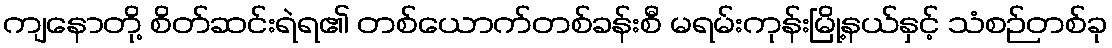
ကျနောတို့ စိတ်ဆင်းရဲရ၏ တစ်ယောက်တစ်ခန်းစီ မရမ်းကုန်းမြို့နယ်နှင့် သံစဉ်တစ်ခု